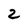
Character: 2